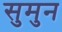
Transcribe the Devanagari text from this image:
सुमुन